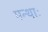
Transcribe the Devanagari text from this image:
पन्थाः